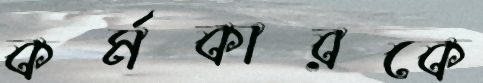
কর্মকারকে